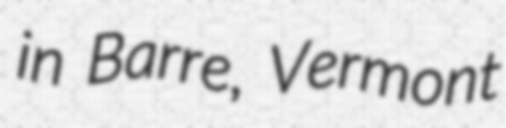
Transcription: in Barre, Vermont